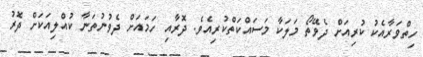
ހިތްވަރާއެކު ކުރިއަށް ދެވޭތޯ މަލަކާ މަސައްކަތްކުރިއެވެ. ދޮރާއި ހަމައަށް ދެވުނުތަނާ ކުއްލިއަކަށް ދޮރު